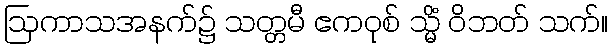
ဩကာသအနက်၌ သတ္တမီ ဧကဝုစ် သ္မိံ ဝိဘတ် သက်။